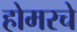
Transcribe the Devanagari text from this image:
होमरचे